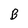
Character: B